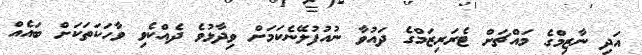
އަދި ނާޒިމްގެ މައްޗަށް ޓެރަރިޒަމްގެ ދައުވާ ނުއުފުލޭނެކަމަށް ވިދާޅުވެ ދެއްކެވި ވާހަކަތަކަށް ބައެއް